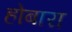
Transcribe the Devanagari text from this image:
होबारा